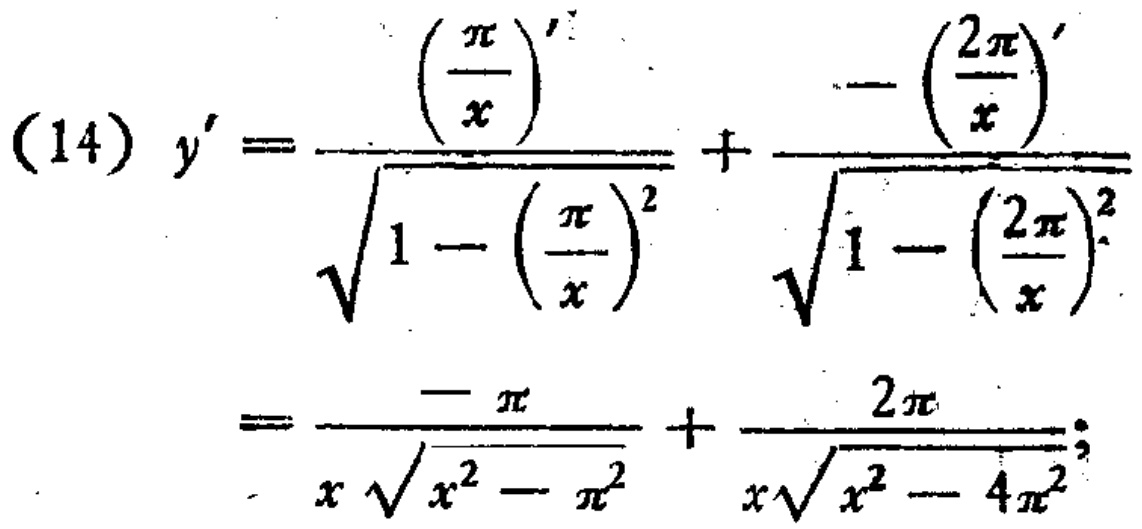
\[
\begin{align*}
(14)\ y'&=\frac{\left(\frac{\pi}{x}\right)'}{\sqrt{1 - \left(\frac{\pi}{x}\right)^2}}+\frac{-\left(\frac{2\pi}{x}\right)'}{\sqrt{1 - \left(\frac{2\pi}{x}\right)^2}}\\
&=\frac{-\pi}{x\sqrt{x^{2}-\pi^{2}}}+\frac{2\pi}{x\sqrt{x^{2}-4\pi^{2}}};
\end{align*}
\]